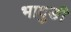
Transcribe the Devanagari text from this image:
भादुङी